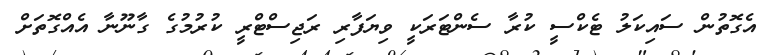
އެގޮތުން ސައިކަލު ޓެކްސީ ކުރާ ސެންޓަރަކީ ވިޔަފާރި ރަޖިސްޓްރީ ކުރުމުގެ ގާނޫނާ އެއްގޮތަށް